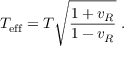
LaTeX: T _ { \mathrm { e f f } } = T \sqrt { \frac { 1 + v _ { R } } { 1 - v _ { R } } } \; .